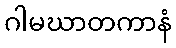
ဂါမဃာတကာနံ